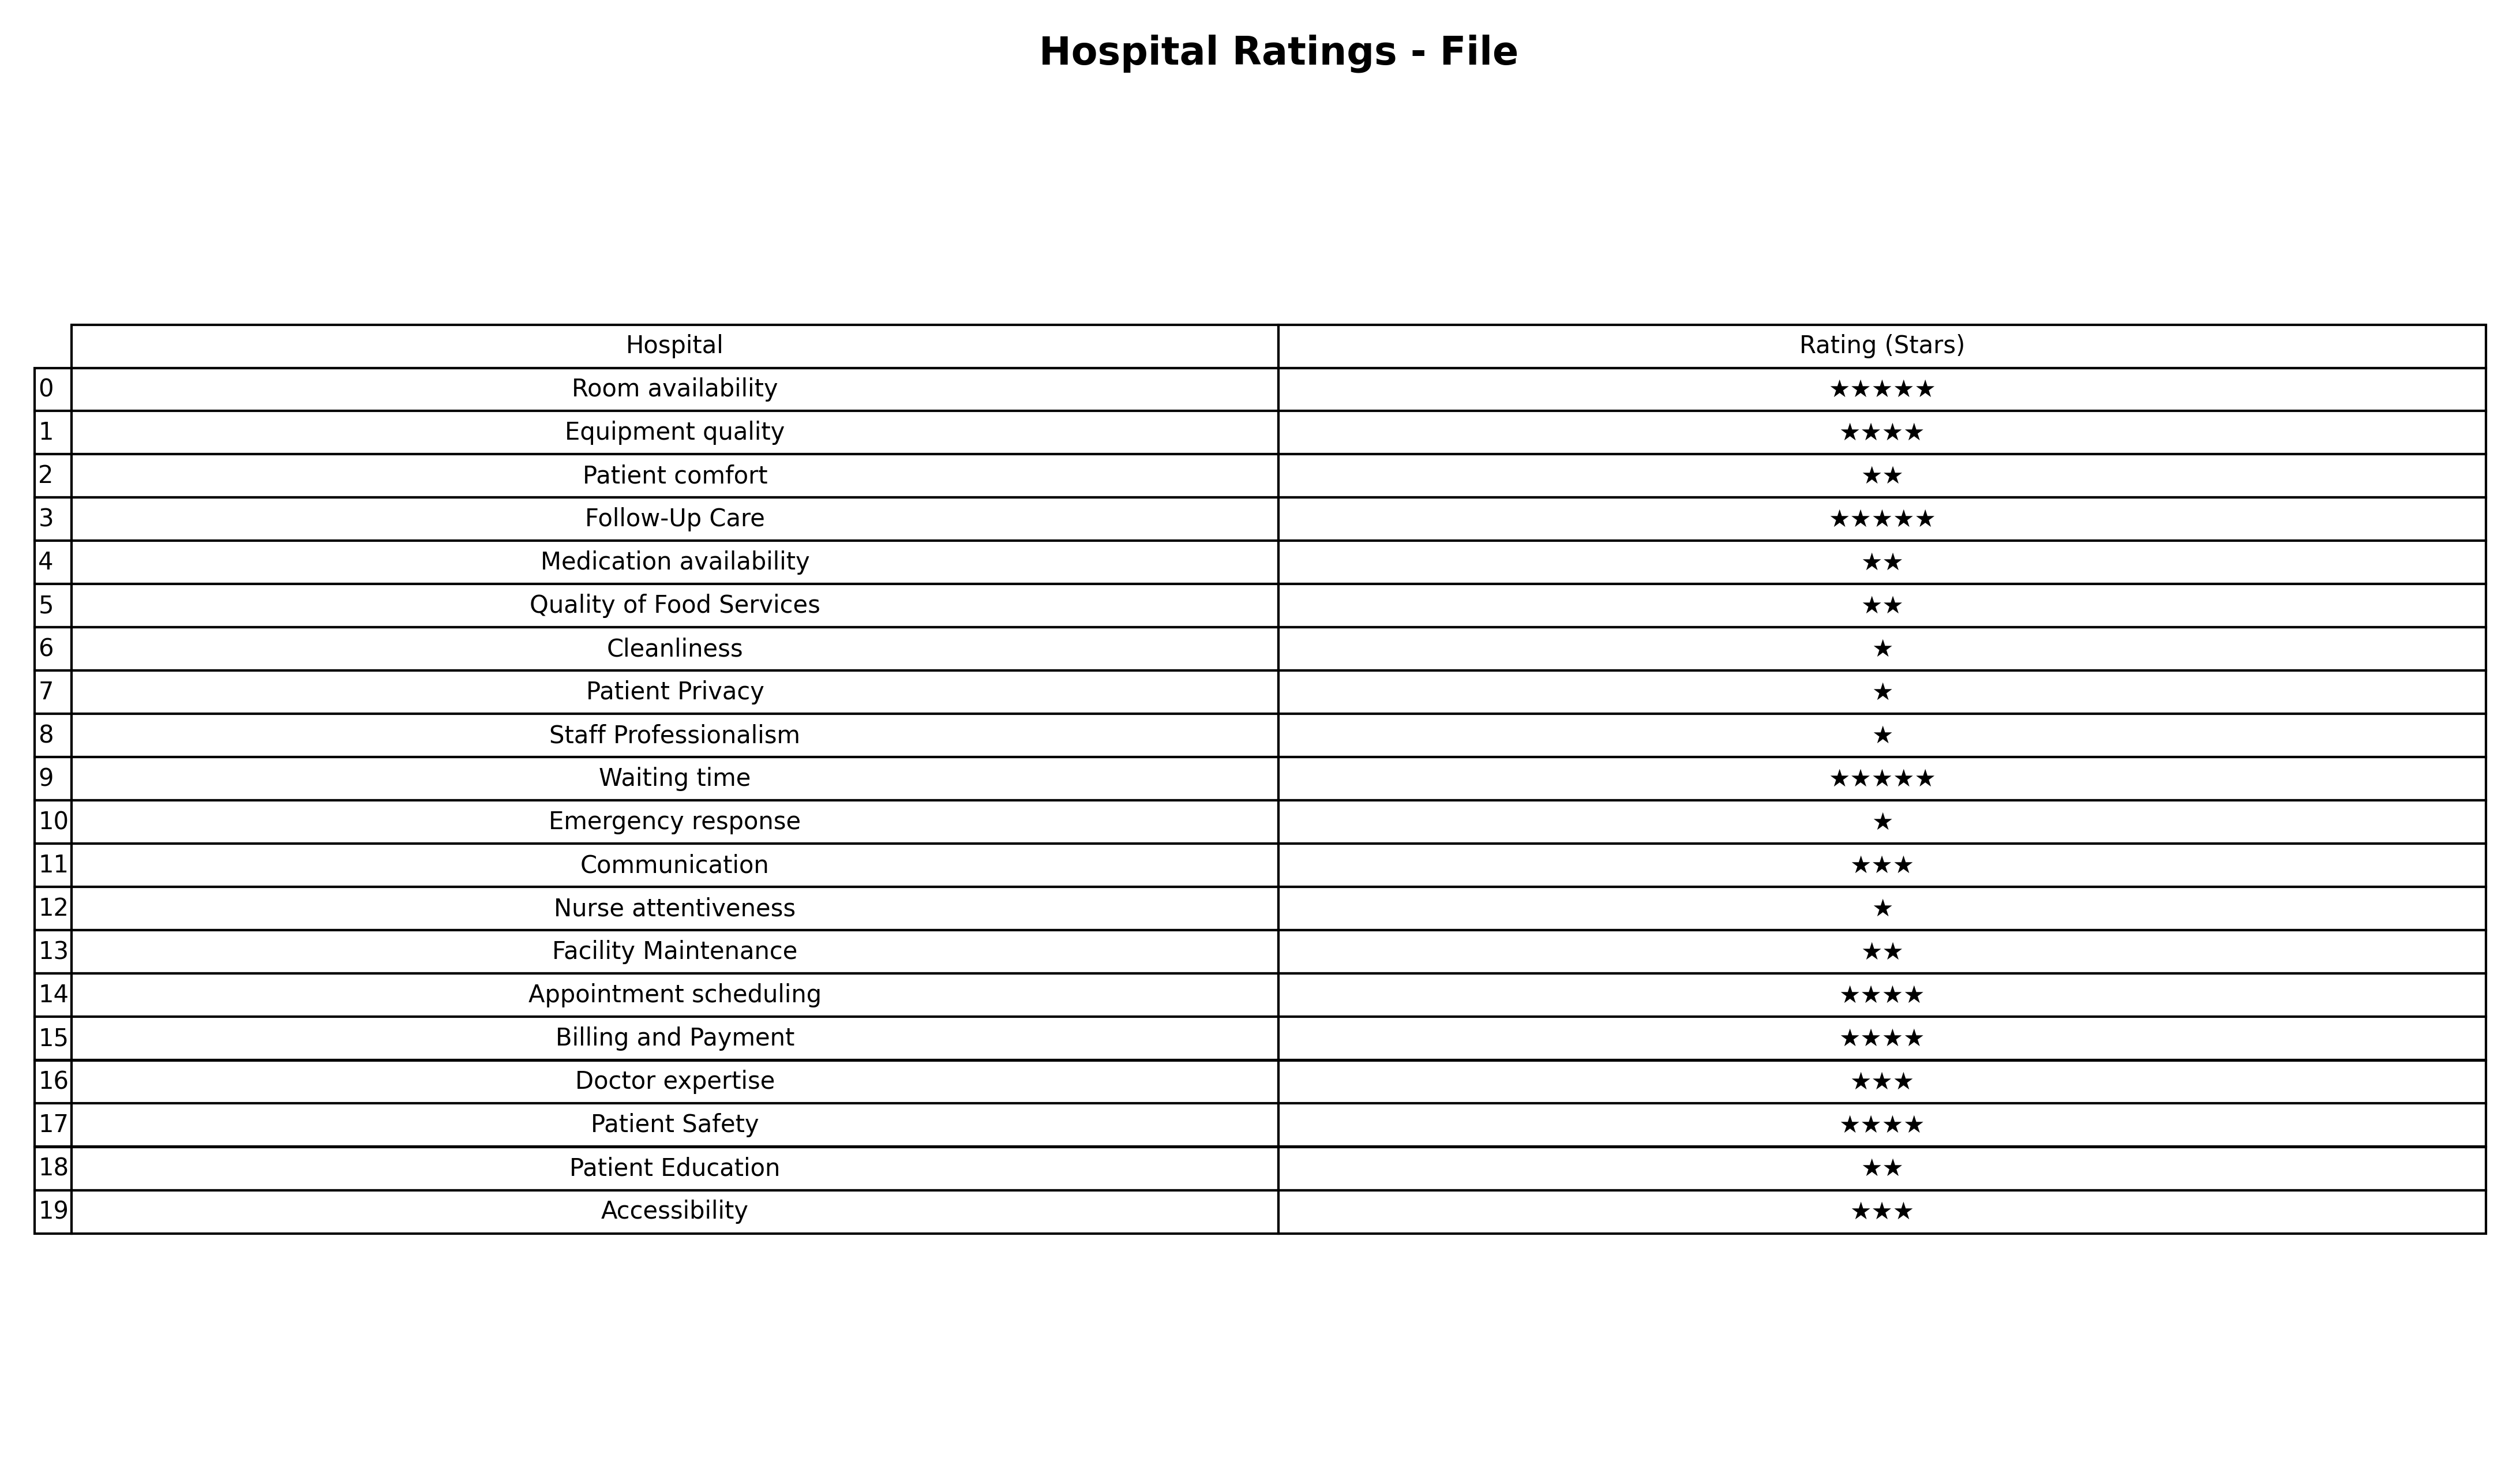
question: What is the rating of Patient Safety?
answer: ★★★★